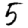
Digit: 5